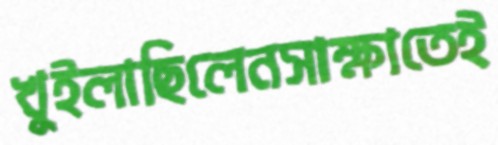
খুইলাছিলেনসাক্ষাতেই